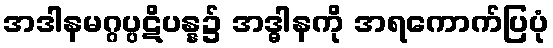
အဒါနမဂ္ဂပ္ပဋိပန္န၌ အဒ္ဓါနကို အရကောက်ပြပုံ